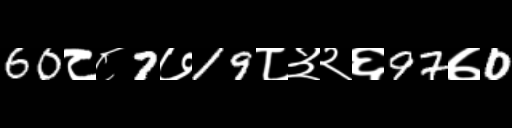
Text: 60८८7७19८३२६97७0